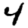
Digit: 4